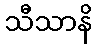
သီသာနိ